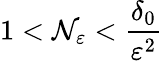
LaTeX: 1<\mathcal{N}_{\varepsilon}<\frac{{\delta_{0}}}{{\varepsilon^{2}}}